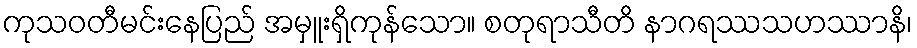
ကုသဝတီမင်းနေပြည် အမှူးရှိကုန်သော။ စတုရာသီတိ နာဂရဿသဟဿာနိ၊